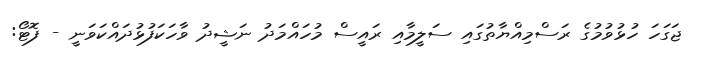
ޖަގަހަ ހުޅުވުމުގެ ރަސްމިއްޔާތުގައި ސަލީމާއި ރައީސް މުހައްމަދު ނަޝީދު ވާހަކަފުޅުދައްކަވަނީ - ފޮޓޯ: